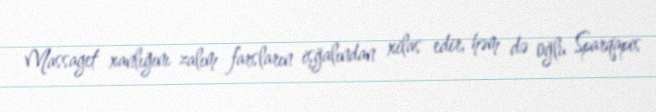
Massaget xanlığını zalım farsların işğalından xilas edir, həm də oğlu Sparqapis